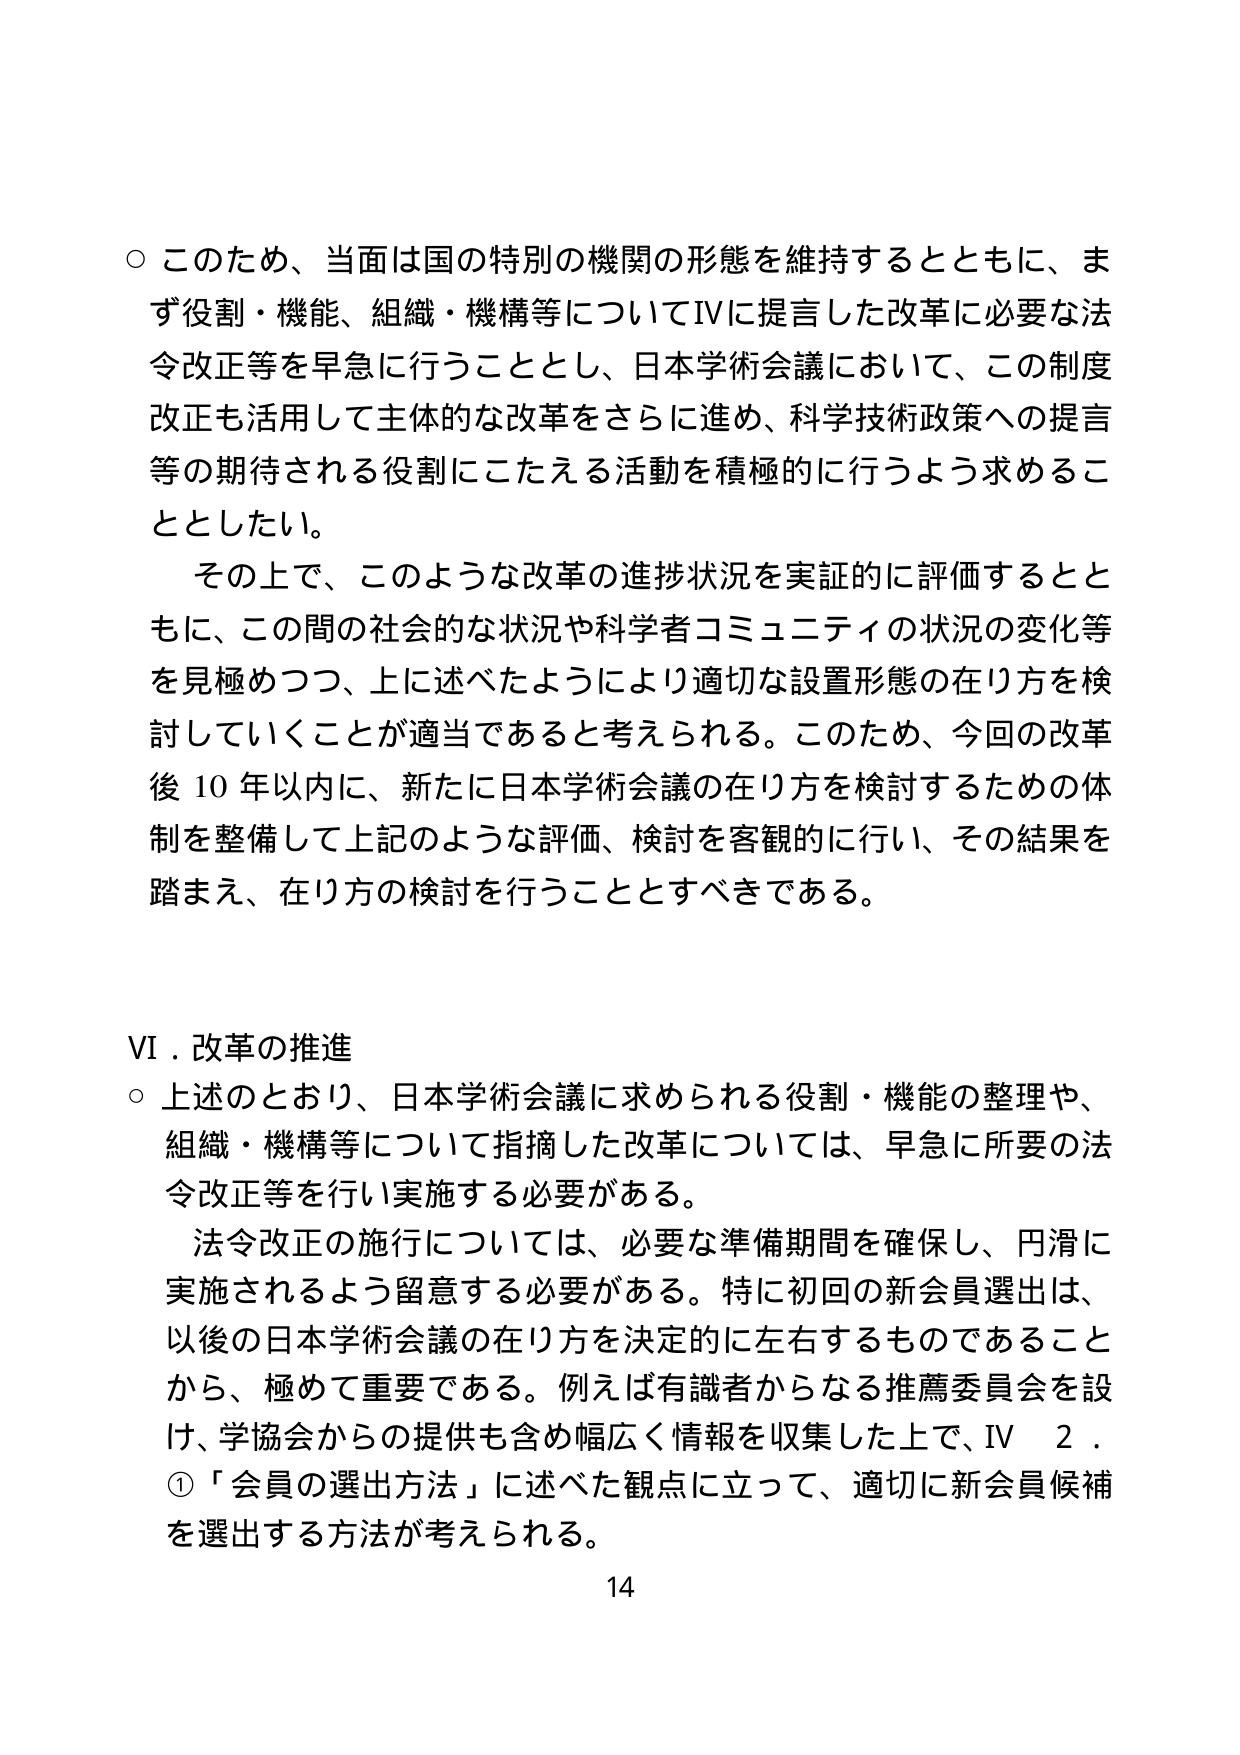
○ このため、当面は国の特別の機関の形態を維持するとともに、まず役割・機能、組織・機構等についてIVに提言した改革に必要な法令改正等を早急に行うこととし、日本学術会議において、この制度改正も活用して主体的な改革をさらに進め、科学技術政策への提言等の期待される役割にこたえる活動を積極的に行うよう求めることとしたい。

その上で、このような改革の進捗状況を実証的に評価するとともに、この間の社会的な状況や科学者コミュニティの状況の変化等を見極めつつ、上に述べたようにより適切な設置形態の在り方を検討していくことが適当であると考えられる。このため、今回の改革後10年以内に、新たに日本学術会議の在り方を検討するための体制を整備して上記のような評価、検討を客観的に行い、その結果を踏まえ、在り方の検討を行うこととすべきである。

VI．改革の推進

○ 上述のとおり、日本学術会議に求められる役割・機能の整理や、組織・機構等について指摘した改革については、早急に所要の法令改正等を行い実施する必要がある。

法令改正の施行については、必要な準備期間を確保し、円滑に実施されるよう留意する必要がある。特に初回の新会員選出は、以後の日本学術会議の在り方を決定的に左右するものであることから、極めて重要である。例えば有識者からなる推薦委員会を設け、学協会からの提供も含め幅広く情報を収集した上で、IV　2．①「会員の選出方法」に述べた観点に立って、適切に新会員候補を選出する方法が考えられる。

14